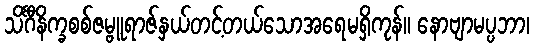
သိင်္ဂီနိက္ခစစ်ဇမ္ဗူရာဇ်နှယ်တင့်တယ်သောအရေမရှိကုန်။ နောဗျာမပ္ပဘာ၊